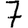
Digit: 7